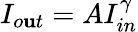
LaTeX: I_{o\mathbf{u}t}=AI_{in}^{\gamma}